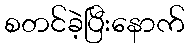
စတင်ခဲ့ပြီးနောက်